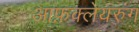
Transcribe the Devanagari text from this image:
आफ़क्लेयरुंग